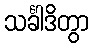
သင်္ခါဒိတွာ